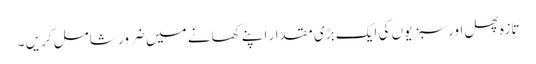
تازہ پھل اور سبزیوں کی ایک بڑی مقدار اپنے کھانے میں ضرور شامل کریں ۔